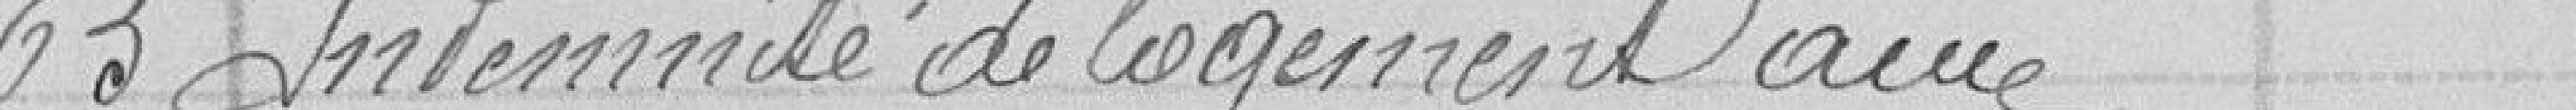
65 Indemnité de logement aux